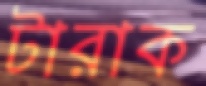
টারাক